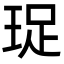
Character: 珿